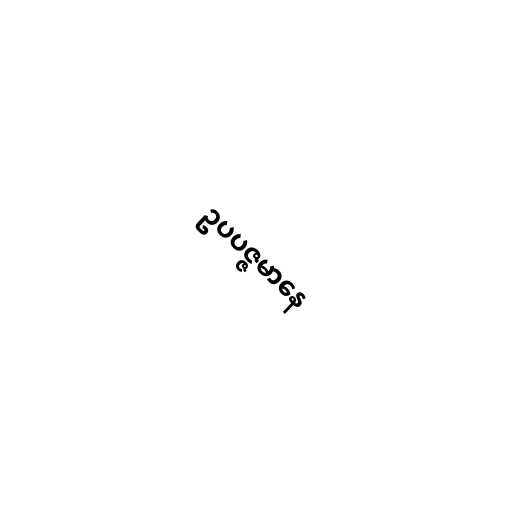
ဥပပဇ္ဇမာနေ